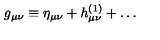
g _ { \mu \nu } \equiv \eta _ { \mu \nu } + h _ { \mu \nu } ^ { ( 1 ) } + \ldots